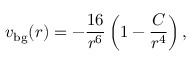
v _ { \mathrm { b g } } ( r ) = - \frac { 1 6 } { r ^ { 6 } } \left( 1 - \frac { C } { r ^ { 4 } } \right) ,